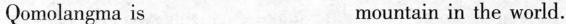
Qomolangma is___mountain in the world.